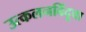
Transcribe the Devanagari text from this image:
उत्कलनबिंदूचा